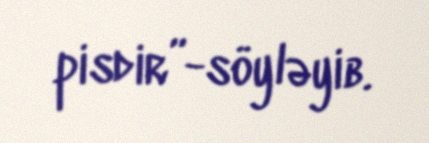
pisdir”-söyləyib.